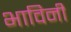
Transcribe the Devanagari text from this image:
भाविनी